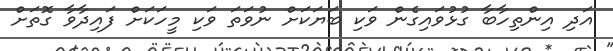
އަދި އިންތިހާބާ ގުޅުވައިގެން ވަކި ބަޔަކަށް ނުވަތަ ވަކި މީހަކަށް ފައިދާވާ ގޮތަށް